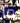
ما